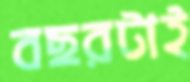
বছরটাই